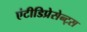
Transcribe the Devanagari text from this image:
एंटीडिप्रेसेन्ट्स